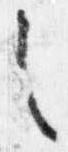
之